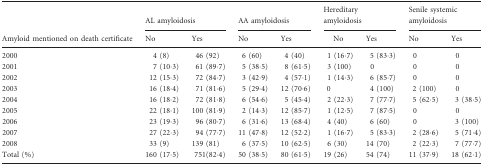
|  | <COLSPAN=2> AL amyloidosis | <COLSPAN=2> AA amyloidosis | <COLSPAN=2> Hereditary amyloidosis | <COLSPAN=2> Senile systemic amyloidosis |
 | Amyloid mentioned on death certificate | No | Yes | No | Yes | No | Yes | No | Yes |
 | --- | --- | --- | --- | --- | --- | --- | --- | --- |
 | 2000 | 4 (8) | 46 (92) | 6 (60) | 4 (40) | 1 (16·7) | 5 (83·3) | 0 | 0 |
 | 2001 | 7 (10·3) | 61 (89·7) | 5 (38·5) | 8 (61·5) | 3 (100) | 0 | 0 | 0 |
 | 2002 | 12 (15·3) | 72 (84·7) | 3 (42·9) | 4 (57·1) | 1 (14·3) | 6 (85·7) | 0 | 0 |
 | 2003 | 16 (18·4) | 71 (81·6) | 5 (29·4) | 12 (70·6) | 0 | 4 (100) | 2 (100) | 0 |
 | 2004 | 16 (18·2) | 72 (81·8) | 6 (54·6) | 5 (45·4) | 2 (22·3) | 7 (77·7) | 5 (62·5) | 3 (38·5) |
 | 2005 | 22 (18·1) | 100 (81·9) | 2 (14·3) | 12 (85·7) | 1 (12·5) | 7 (87·5) | 0 | 0 |
 | 2006 | 23 (19·3) | 96 (80·7) | 6 (31·6) | 13 (68·4) | 4 (40) | 6 (60) | 0 | 3 (100) |
 | 2007 | 27 (22·3) | 94 (77·7) | 11 (47·8) | 12 (52·2) | 1 (16·7) | 5 (83·3) | 2 (28·6) | 5 (71·4) |
 | 2008 | 33 (9) | 139 (81) | 6 (37·5) | 10 (62·5) | 6 (30) | 14 (70) | 2 (22·3) | 7 (77·7) |
 | Total (%) | 160 (17·5) | 751(82·4) | 50 (38·5) | 80 (61·5) | 19 (26) | 54 (74) | 11 (37·9) | 18 (62·1) |